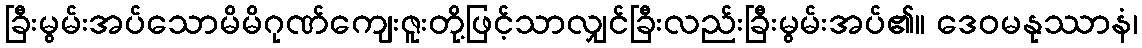
ခြီးမွမ်းအပ်သောမိမိဂုဏ်ကျေးဇူးတို့ဖြင့်သာလျှင်ခြီးလည်းခြီးမွမ်းအပ်၏။ ဒေဝမနုဿာနံ၊